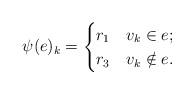
LaTeX: \begin{align*}\psi(e)_k =\begin{cases}r_1 & v_k \in e; \\r_3 & v_k \notin e.\end{cases}\end{align*}